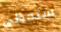
سنحظى